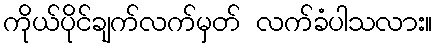
ကိုယ်ပိုင်ချက်လက်မှတ် လက်ခံပါသလား။